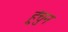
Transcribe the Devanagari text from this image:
हुंचुन